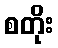
စတိုး